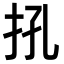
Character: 𢪬